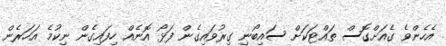
އެހެންވެ ގެއަށްގޮސް ތައްޓަކަށް ސައިބޯނި ގިރުވައިގެން ފަޅޯ އޮނެއް ހިފައިގެން ނިކުމެ އަހަރެން